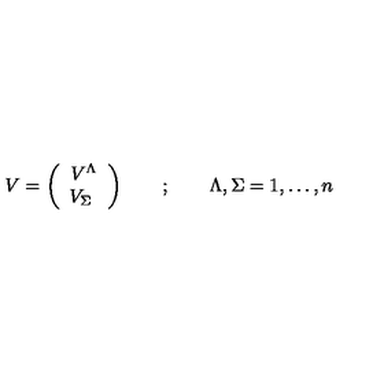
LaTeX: V = \left( \begin{array} { c } { V ^ { \Lambda } } \\ { V _ { \Sigma } \ } \\ \end{array} \right) \quad \quad ; \quad \quad \Lambda , \Sigma = 1 , \dots , n